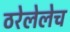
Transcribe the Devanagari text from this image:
ठरेलेलेच